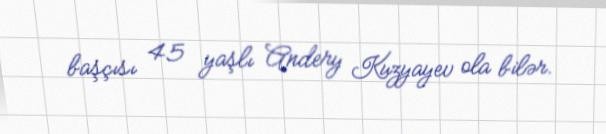
başçısı 45 yaşlı Andery Kuzyayev ola bilər.